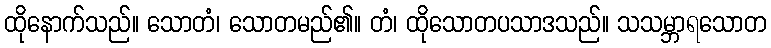
ထိုနောက်သည်။ သောတံ၊ သောတမည်၏။ တံ၊ ထိုသောတပသာဒသည်။ သသမ္ဘာရသောတ